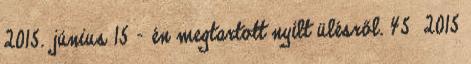
2015. június 15 - én megtartott nyílt ülésről. 45 2015